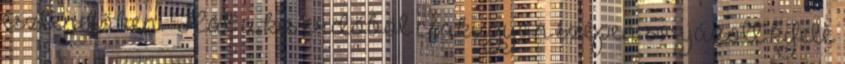
esztendőben. Hát a kis erdőből csakugyan szépen sorjázott kifelé